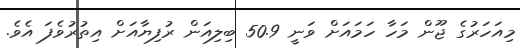
މިއަހަރުގެ ޖޫން މަހާ ހަމައަށް ވަނީ 50.9 ބިލިއަން ރުފިޔާއަށް އިތުރުވެފަ އެވެ.